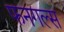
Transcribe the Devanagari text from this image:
फनगल्स